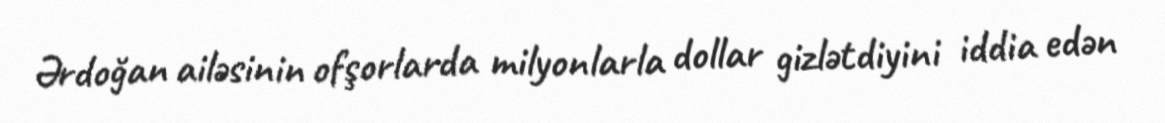
Ərdoğan ailəsinin ofşorlarda milyonlarla dollar gizlətdiyini iddia edən